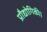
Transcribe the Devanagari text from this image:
प्रौद्योगिकी।